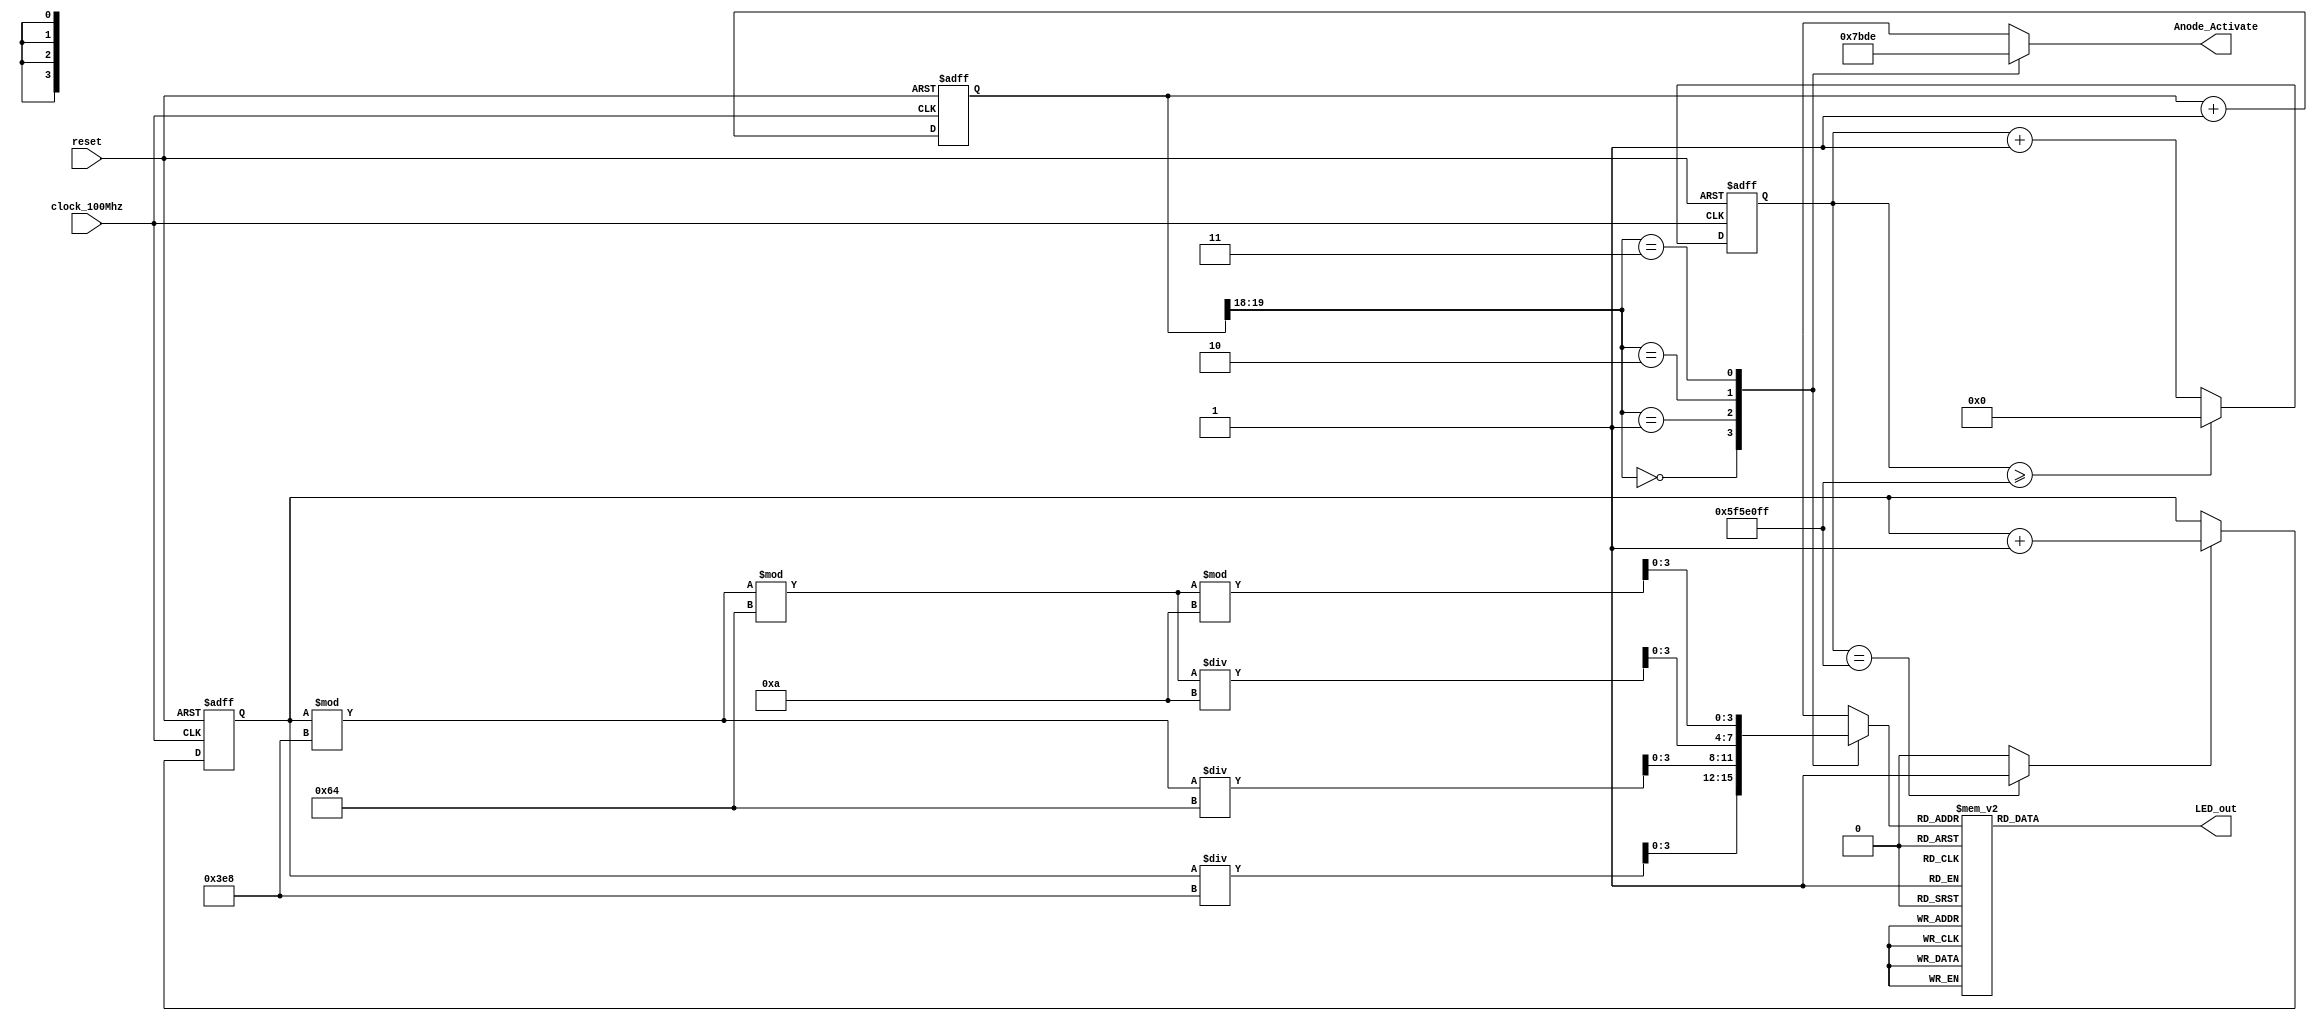
module Seven_segment_LED_Display_Controller(
    input clock_100Mhz, // 100 Mhz clock source on Basys 3 FPGA
    input reset, // reset
    output reg [3:0] Anode_Activate, // anode signals of the 7-segment LED display
    output reg [6:0] LED_out// cathode patterns of the 7-segment LED display
    );
    reg [26:0] one_second_counter; // counter for generating 1 second clock enable
    wire one_second_enable;// one second enable for counting numbers
    reg [15:0] displayed_number; // counting number to be displayed
    reg [3:0] LED_BCD;
    reg [19:0] refresh_counter; // 20-bit for creating 10.5ms refresh period or 380Hz refresh rate
             // the first 2 MSB bits for creating 4 LED-activating signals with 2.6ms digit period
    wire [1:0] LED_activating_counter; 
                 // count     0    ->  1  ->  2  ->  3
              // activates    LED1    LED2   LED3   LED4
             // and repeat
    always @(posedge clock_100Mhz or posedge reset)
    begin
        if(reset==1)
            one_second_counter <= 0;
        else begin
            if(one_second_counter>=99999999) 
                 one_second_counter <= 0;
            else
                one_second_counter <= one_second_counter + 1;
        end
    end 
    assign one_second_enable = (one_second_counter==99999999)?1:0;
    always @(posedge clock_100Mhz or posedge reset)
    begin
        if(reset==1)
            displayed_number <= 0;
        else if(one_second_enable==1)
            displayed_number <= displayed_number + 1;
    end
    always @(posedge clock_100Mhz or posedge reset)
    begin 
        if(reset==1)
            refresh_counter <= 0;
        else
            refresh_counter <= refresh_counter + 1;
    end 
    assign LED_activating_counter = refresh_counter[19:18];
    // anode activating signals for 4 LEDs, digit period of 2.6ms
    // decoder to generate anode signals 
    always @(*)
    begin
        case(LED_activating_counter)
        2'b00: begin
            Anode_Activate = 4'b0111; 
            // activate LED1 and Deactivate LED2, LED3, LED4
            LED_BCD = displayed_number/1000;
            // the first digit of the 16-bit number
              end
        2'b01: begin
            Anode_Activate = 4'b1011; 
            // activate LED2 and Deactivate LED1, LED3, LED4
            LED_BCD = (displayed_number % 1000)/100;
            // the second digit of the 16-bit number
              end
        2'b10: begin
            Anode_Activate = 4'b1101; 
            // activate LED3 and Deactivate LED2, LED1, LED4
            LED_BCD = ((displayed_number % 1000)%100)/10;
            // the third digit of the 16-bit number
                end
        2'b11: begin
            Anode_Activate = 4'b1110; 
            // activate LED4 and Deactivate LED2, LED3, LED1
            LED_BCD = ((displayed_number % 1000)%100)%10;
            // the fourth digit of the 16-bit number    
               end
        endcase
    end
    // Cathode patterns of the 7-segment LED display 
    always @(*)
    begin
        case(LED_BCD)
        4'b0000: LED_out = 7'b0000001; // "0"     
        4'b0001: LED_out = 7'b1001111; // "1" 
        4'b0010: LED_out = 7'b0010010; // "2" 
        4'b0011: LED_out = 7'b0000110; // "3" 
        4'b0100: LED_out = 7'b1001100; // "4" 
        4'b0101: LED_out = 7'b0100100; // "5" 
        4'b0110: LED_out = 7'b0100000; // "6" 
        4'b0111: LED_out = 7'b0001111; // "7" 
        4'b1000: LED_out = 7'b0000000; // "8"     
        4'b1001: LED_out = 7'b0000100; // "9" 
        default: LED_out = 7'b0000001; // "0"
        endcase
    end
 endmodule